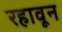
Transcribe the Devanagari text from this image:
रहावून